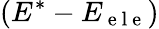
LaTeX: (E^{\ast}-E_{\mathrm{~e~l~e~}})